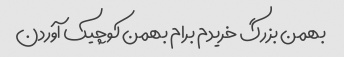
بهمن بزرگ خریدم برام بهمن کوچیک آوردن